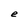
Character: e